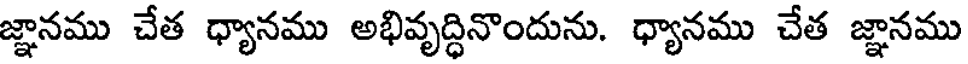
జ్ఞానము చేత ధ్యానము అభివృద్ధినొందును. ధ్యానము చేత జ్ఞానము